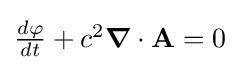
{\textstyle {\frac {d\varphi }{dt}}+c^{2}{\boldsymbol {\nabla }}\cdot \mathbf {A} =0}